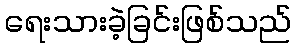
ရေးသားခဲ့ခြင်းဖြစ်သည်